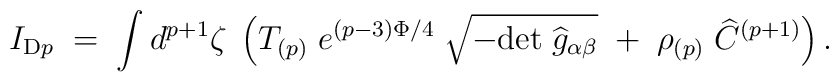
I_{{\rm D}p} \;= \;  \int d^{p+1}\zeta\; \left( T_{(p)}\;  e^{(p-3)\Phi/4}\;\sqrt{-{\rm  det}\;{\widehat g}_{\alpha\beta}}\; +\;  \rho_{(p)}\; \widehat  C^{(p+1)} \right) .